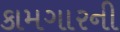
કામગારની